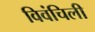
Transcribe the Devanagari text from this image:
विवंचिली